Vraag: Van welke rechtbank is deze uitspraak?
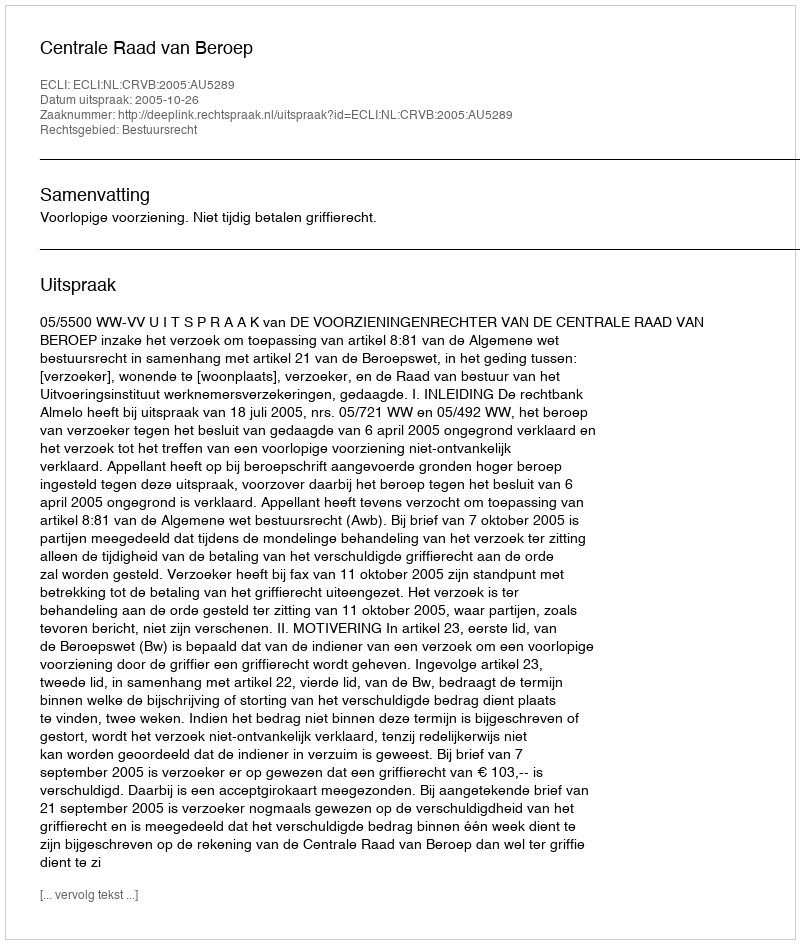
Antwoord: Centrale Raad van Beroep